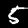
Label: 5